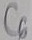
Text: C6